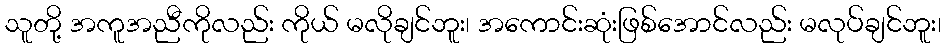
သူတို့ အကူအညီကိုလည်း ကိုယ် မလိုချင်ဘူး၊ အကောင်းဆုံးဖြစ်အောင်လည်း မလုပ်ချင်ဘူး၊